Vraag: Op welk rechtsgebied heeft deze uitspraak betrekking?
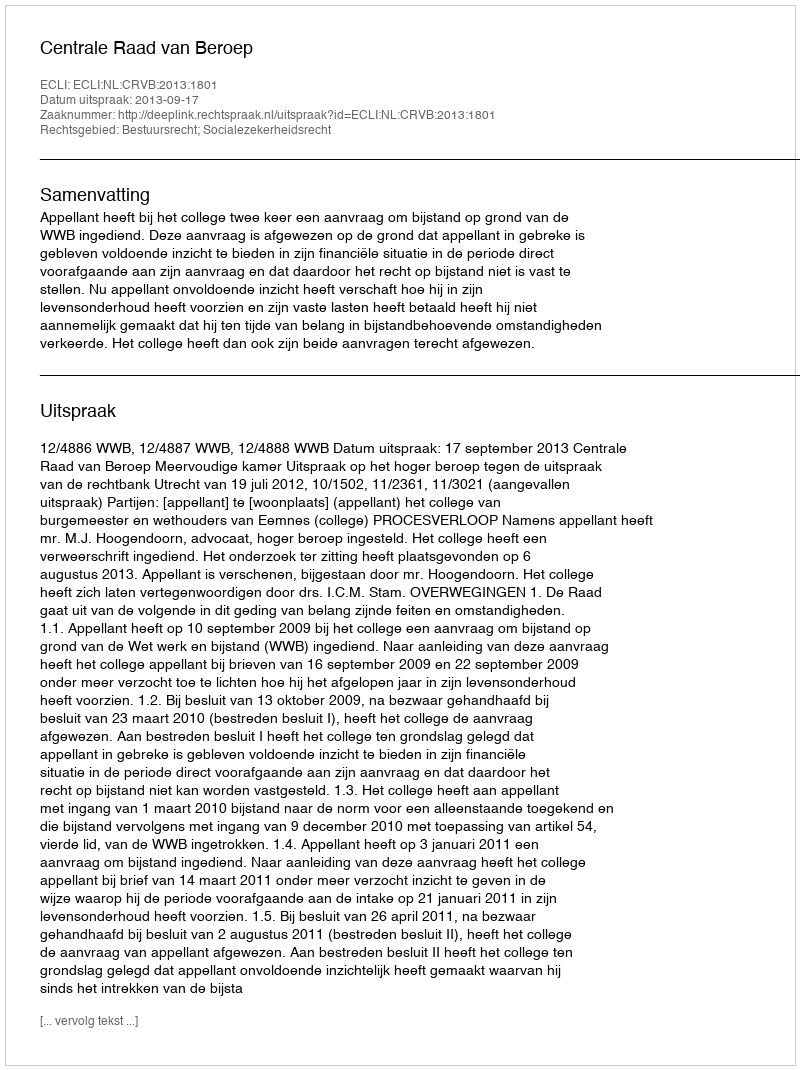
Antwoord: Bestuursrecht; Socialezekerheidsrecht